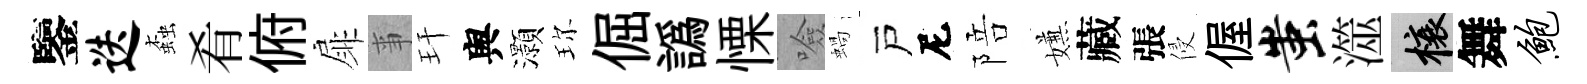
鑒迭螙肴俯扉亊玕舆灝珎倔譌慄噞蝸戸尼陪嫌藏張侵偓蚩澨榱舞鲍